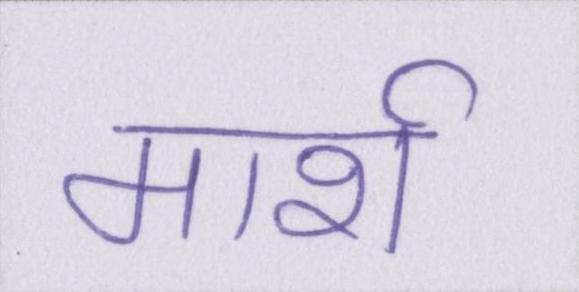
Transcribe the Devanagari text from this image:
मार्श